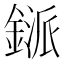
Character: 鎃